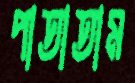
পাতাতাম